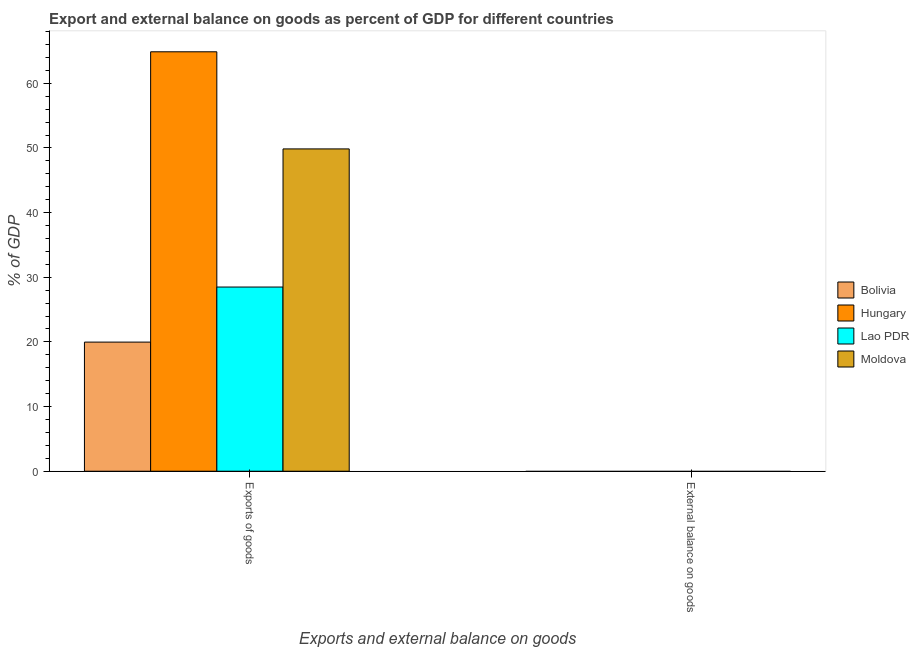
| Exports and external balance on goods | Bolivia | Hungary | Lao PDR | Moldova |
 | --- | --- | --- | --- | --- |
 | Exports of goods | 20 | 64.9 | 28.5 | 49.9 |
 | External balance on goods | -5.28 | -1.26 | -9.32 | -23.7 |